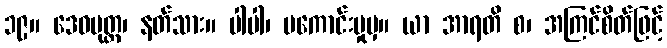
၁၉။ ဒေဝပုတ္တ၊ နတ်သား။ ပါပါ၊ မကောင်းမှုမှ။ ယာ အာရတိ စ၊ အကြင်စိတ်ဖြင့်